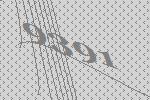
9391